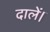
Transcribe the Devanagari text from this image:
दालें।